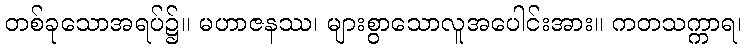
တစ်ခုသောအရပ်၌။ မဟာဇနဿ၊ များစွာသောလူအပေါင်းအား။ ကတသက္ကာရ၊